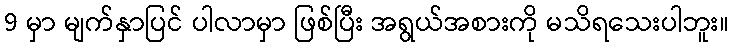
9 မှာ မျက်နှာပြင် ပါလာမှာ ဖြစ်ပြီး အရွယ်အစားကို မသိရသေးပါဘူး။